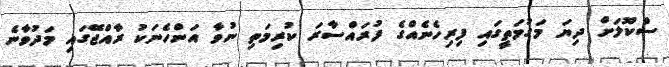
ސްކޫލަށް ދިޔަ މަގުމަތީގައި ފިރިހެނެއްގެ ފުރައްސާރަ ކުރިމަތި ނުވާ އަންހެނަކު ރާއްޖޭގައި މަދުވާނެ